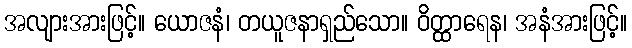
အလျားအားဖြင့်။ ယောဇနံ၊ တယူဇနာရှည်သော။ ဝိတ္ထာရေန၊ အနံအားဖြင့်။